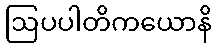
ဩပပါတိကယောနိ